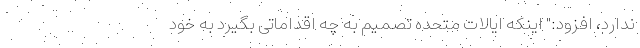
ندارد، افزود:" اینكه ایالات متحده تصمیم به چه اقداماتی بگیرد به خود